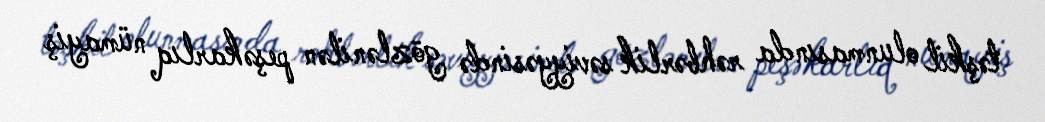
təşkil olunmasında rəhbərlik səviyyəsində gözlənilən peşəkarlıq nümayiş